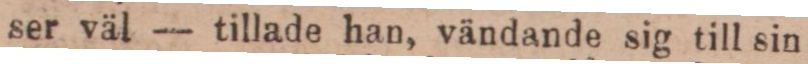
ser väl — tillade han, vändande sig till sin